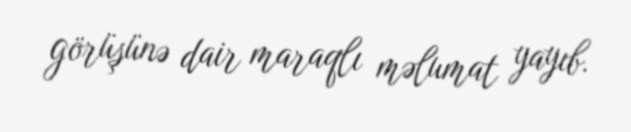
görüşünə dair maraqlı məlumat yayıb.